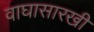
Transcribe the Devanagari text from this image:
वाघासारखी